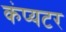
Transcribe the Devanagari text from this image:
कंप्यटर